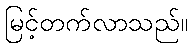
မြင့်တက်လာသည်။